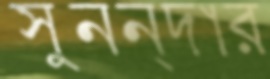
সুনন্দার